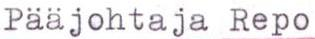
Pääjohtaja Repo